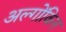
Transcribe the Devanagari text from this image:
अल्गोंकिन